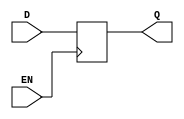
module data_enable_latch (
  input D, // data input
  input EN, // data-enable input
  output reg Q // output
);

always @ (posedge EN)
begin
  if (EN)
    Q <= D;
end

endmodule